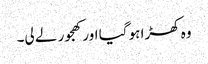
وہ کھڑا ہو گیا اور کھجور لے لی۔